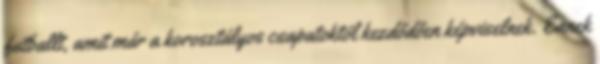
futballt, amit már a korosztályos csapatoktól kezdődően képviselnek. Ennek